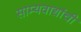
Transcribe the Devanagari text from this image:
साम्यवाद्यांची